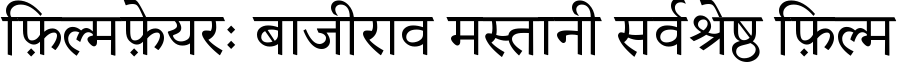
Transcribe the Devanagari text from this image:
फ़िल्मफ़ेयरः बाजीराव मस्तानी सर्वश्रेष्ठ फ़िल्म